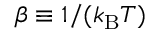
\beta \equiv 1 / ( k _ { \mathrm { B } } T )